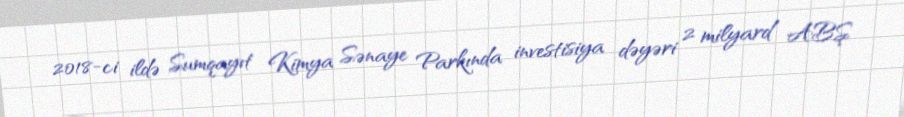
2018-ci ildə Sumqayıt Kimya Sənaye Parkında investisiya dəyəri 2 milyard ABŞ